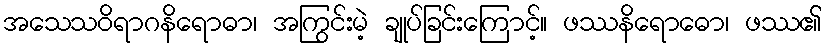
အသေသဝိရာဂနိရောဓာ၊ အကြွင်းမဲ့ ချုပ်ခြင်းကြောင့်။ ဖဿနိရောဓော၊ ဖဿ၏